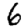
Digit: 6